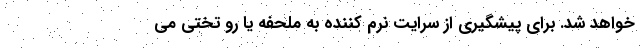
خواهد شد. برای پیشگیری از سرایت نرم کننده به ملحفه یا رو تختی می